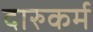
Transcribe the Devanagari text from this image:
दारुकर्म